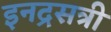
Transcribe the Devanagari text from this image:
इनद्रसत्री